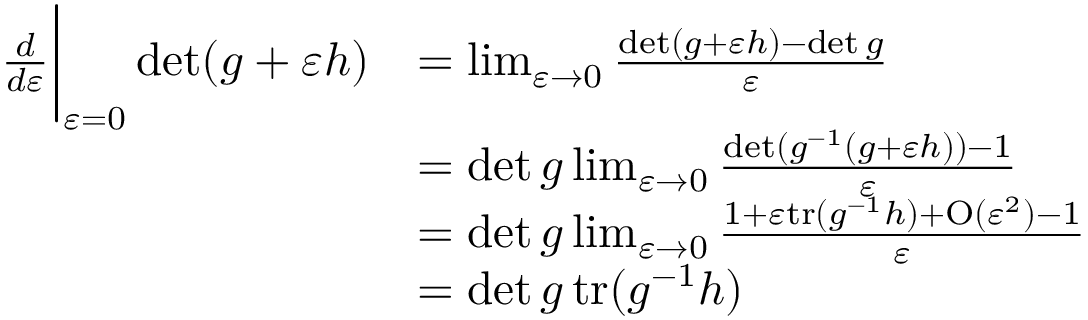
\begin{array} { r l } { \frac { d } { d \varepsilon } \bigg \vert _ { \varepsilon = 0 } \operatorname* { d e t } ( g + \varepsilon h ) } & { = \operatorname* { l i m } _ { \varepsilon \rightarrow 0 } \frac { \operatorname* { d e t } ( g + \varepsilon h ) - \operatorname* { d e t } g } { \varepsilon } } \\ & { = \operatorname* { d e t } g \operatorname* { l i m } _ { \varepsilon \rightarrow 0 } \frac { \operatorname* { d e t } ( g ^ { - 1 } ( g + \varepsilon h ) ) - 1 } { \varepsilon } } \\ & { = \operatorname* { d e t } g \operatorname* { l i m } _ { \varepsilon \rightarrow 0 } \frac { 1 + \varepsilon \mathrm { t r } ( g ^ { - 1 } h ) + \mathrm { O } ( \varepsilon ^ { 2 } ) - 1 } { \varepsilon } } \\ & { = \operatorname* { d e t } g \, \mathrm { t r } ( g ^ { - 1 } h ) } \end{array}